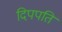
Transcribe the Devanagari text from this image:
दिपपति